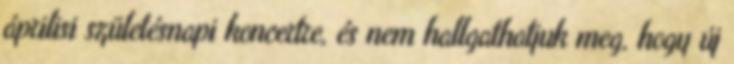
áprilisi születésnapi koncertre, és nem hallgathatjuk meg, hogy új